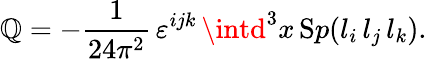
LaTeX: \mathbb{Q}=-\frac{{1}}{{24\pi^{2}}}\, \varepsilon^{ijk}\, \intd^{3}x\, {\mathrm{S}p}(l_{i}\, l_{j}\, l_{k}).